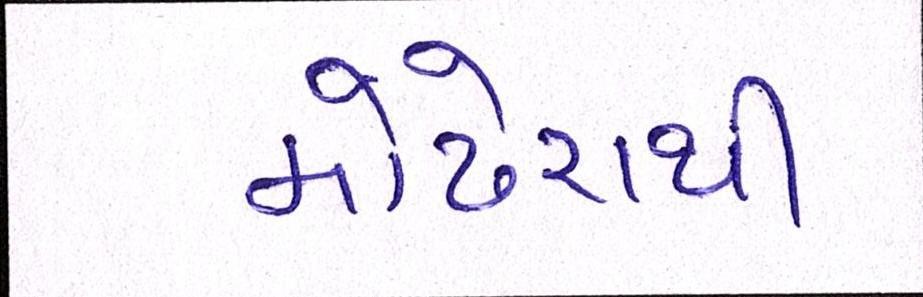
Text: મોઢેરાથી